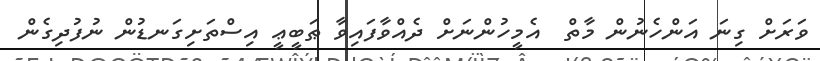
ވަރަށް ގިނަ އަންހެނުން މާތް  އެމީހުންނަށް ދެއްވާފައިވާ ޠަބީޢީ އިސްތަށިގަނޑުން ނުފުދިގެން